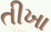
તીખા